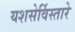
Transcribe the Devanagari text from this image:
यशसेर्विस्तारे